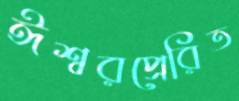
ঈশ্বরপ্রেরিত